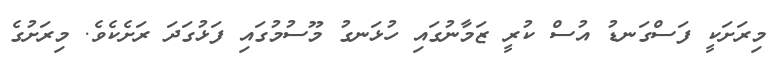
މިރަށަކީ ފަސްގަނޑު އުސް ކުރީ ޒަމާނުގައި ހުޅަނގު މޫސުމުގައި ފަޅުގަދަ ރަށެކެވެ. މިރަށުގެ